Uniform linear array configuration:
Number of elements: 32
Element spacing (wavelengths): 0.75
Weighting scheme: binomial
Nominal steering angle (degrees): -15
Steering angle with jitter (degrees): -14.875
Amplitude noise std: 0.05
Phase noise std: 0.05

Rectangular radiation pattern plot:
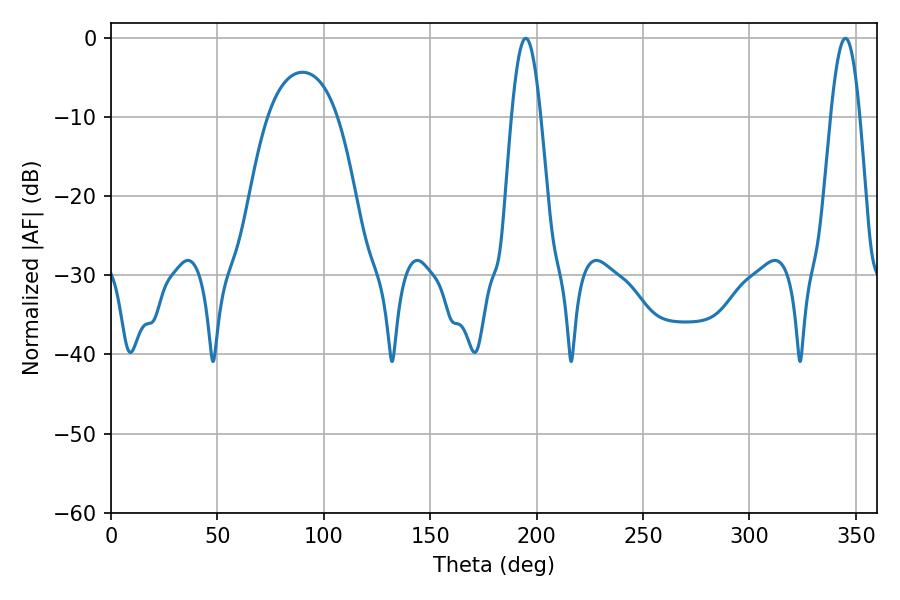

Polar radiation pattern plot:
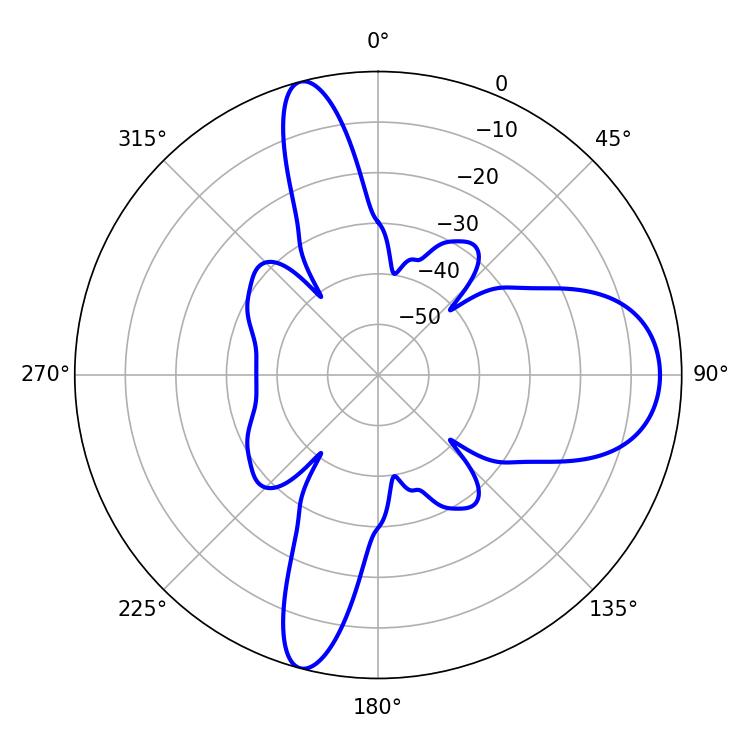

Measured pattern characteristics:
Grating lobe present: TRUE
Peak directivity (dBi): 13.441
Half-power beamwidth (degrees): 7.38
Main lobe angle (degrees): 194.94